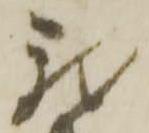
我